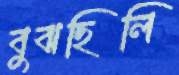
বুঝছিলি